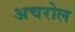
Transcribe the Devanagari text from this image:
अचरोल